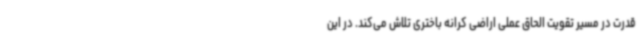
قدرت در مسیر تقویت الحاق عملی اراضی کرانه باختری تلاش می‌کند. در این